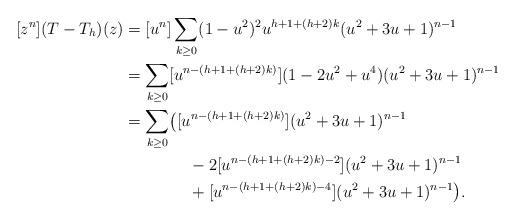
LaTeX: \begin{align*} [z^n](T-T_h)(z)&=[u^n]\sum_{k\ge 0}(1-u^2)^2u^{h+1+(h+2)k}(u^2+3u+1)^{n-1}\\ &=\sum_{k\ge 0}[u^{n-(h+1+(h+2)k)}] (1-2u^2+u^4)(u^2+3u+1)^{n-1}\\ &=\sum_{k\ge 0}\bigl([u^{n-(h+1+(h+2)k)}](u^2+3u+1)^{n-1} \\&\qquad\qquad- 2 [u^{n-(h+1+(h+2)k)-2}](u^2+3u+1)^{n-1} \\&\qquad\qquad+ [u^{n-(h+1+(h+2)k)-4}](u^2+3u+1)^{n-1}\bigr). \end{align*}